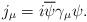
LaTeX: \begin{align*}j_{\mu}=i\overline{\psi}\gamma_{\mu}\psi.\end{align*}